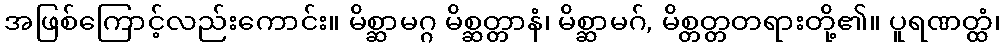
အဖြစ်ကြောင့်လည်းကောင်း။ မိစ္ဆာမဂ္ဂ မိစ္ဆတ္တာနံ၊ မိစ္ဆာမဂ်, မိစ္တတ္တတရားတို့၏။ ပူရဏတ္ထံ၊